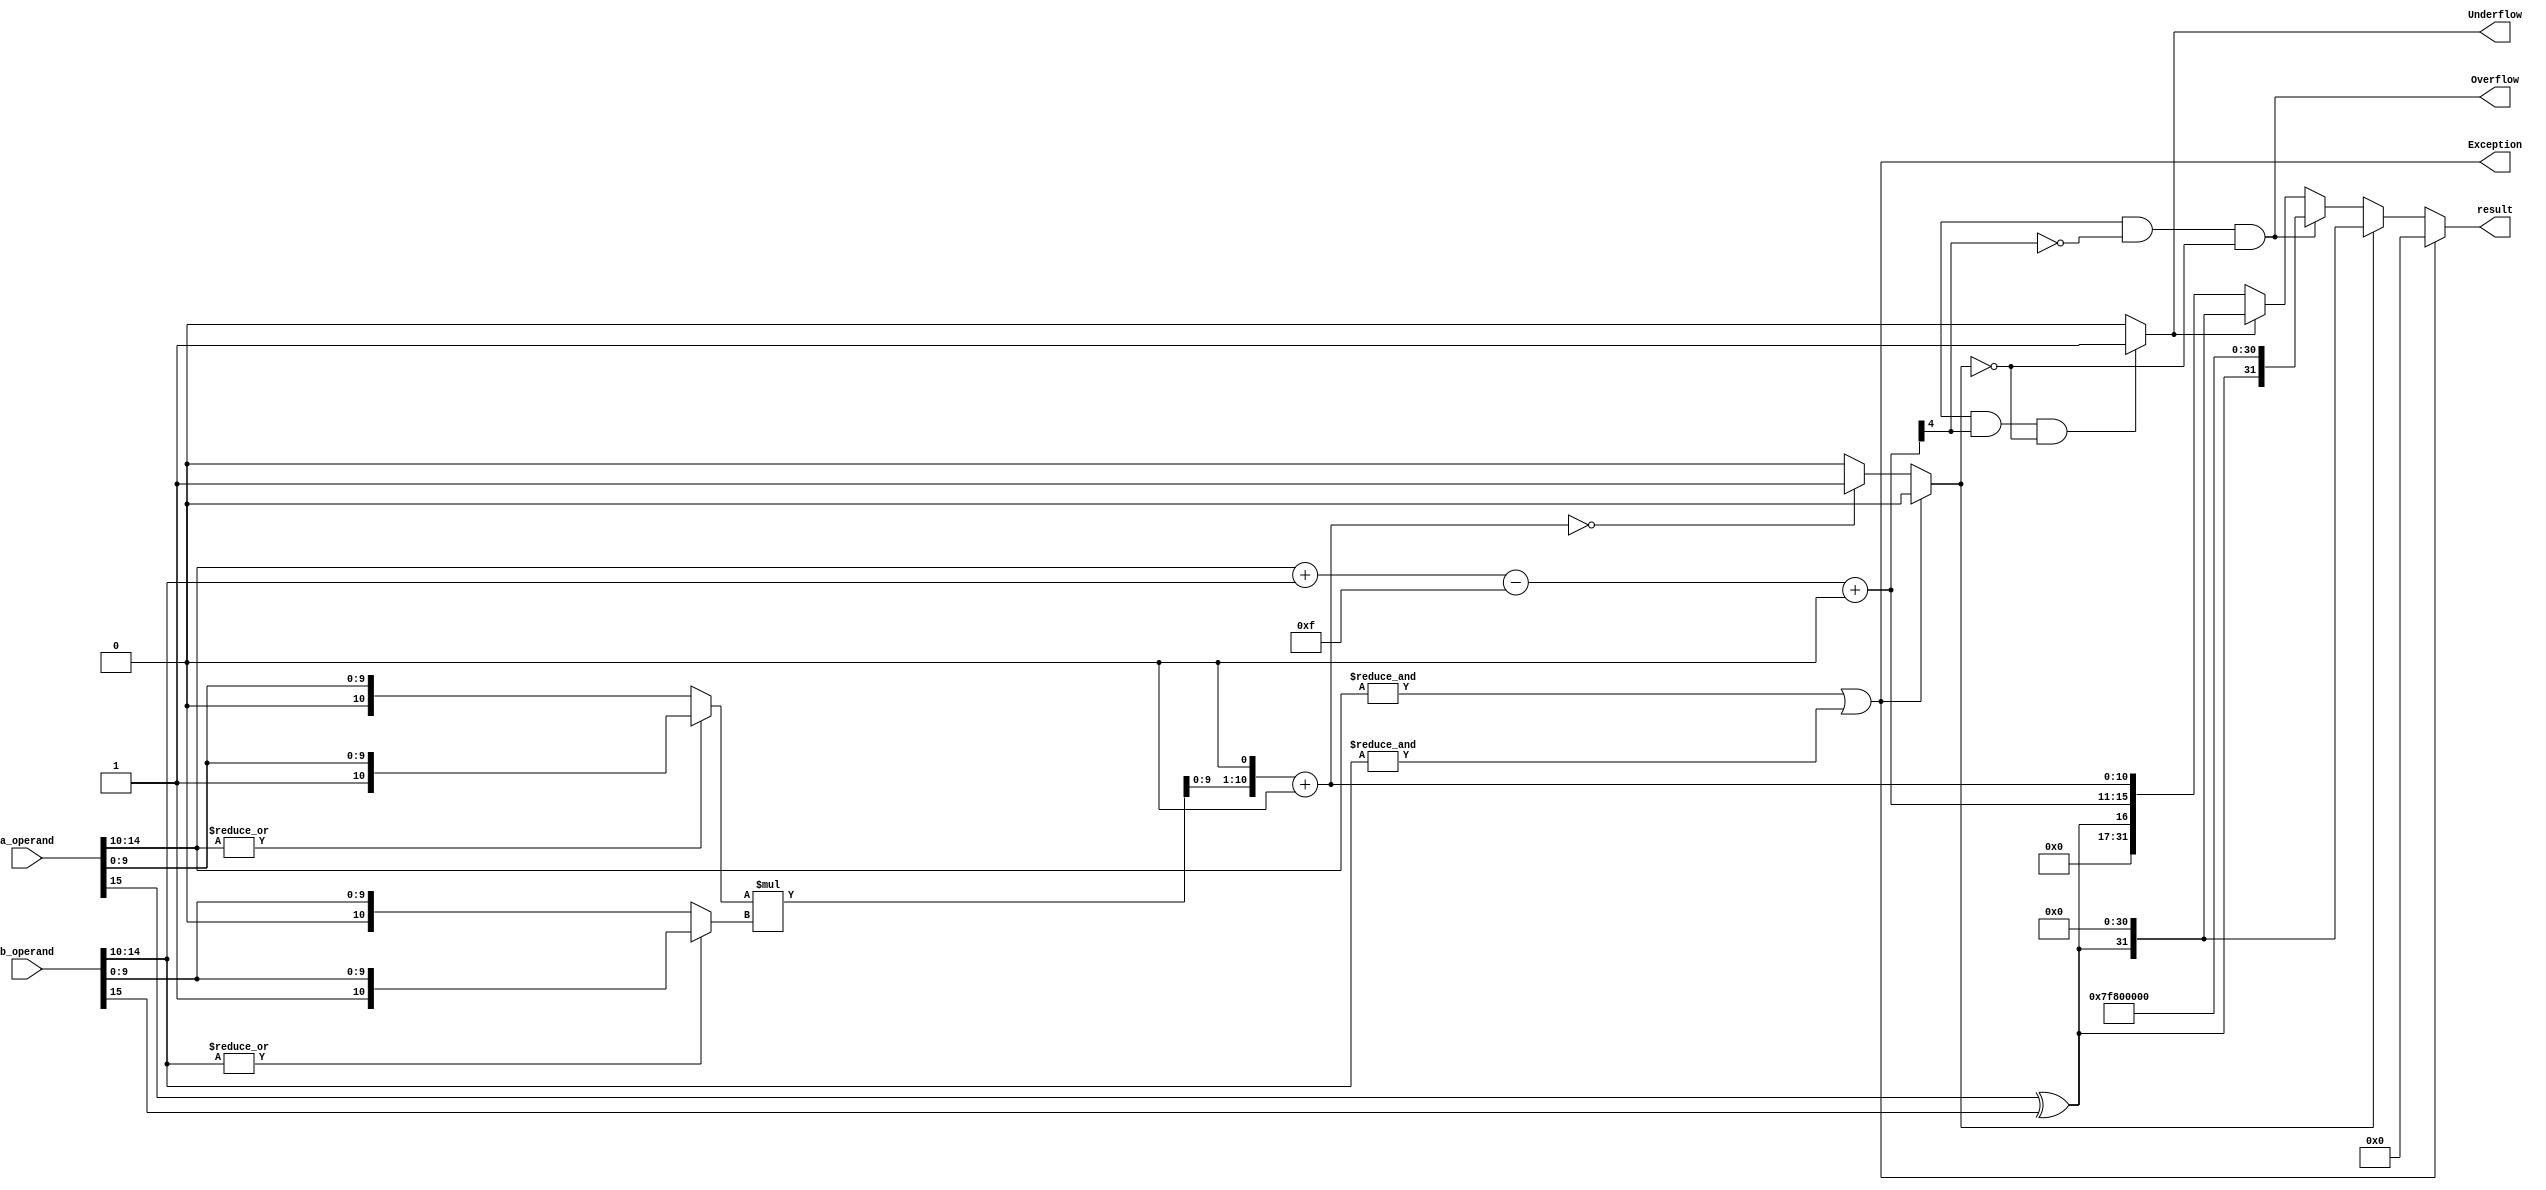
module Multiplication(
    input [15:0] a_operand,
    input [15:0] b_operand,
    output Exception, Overflow, Underflow,
    output [31:0] result
);

wire sign, product_round, normalised, zero;
wire [4:0] exponent, sum_exponent;
wire [10:0] product_mantissa;
wire [11:0] operand_a, operand_b;
wire [23:0] product, product_normalised;

assign sign = a_operand[15] ^ b_operand[15];
assign Exception = (&a_operand[14:10]) | (&b_operand[14:10]);

assign operand_a = (|a_operand[14:10]) ? {1'b1, a_operand[9:0]} : {1'b0, a_operand[9:0]};
assign operand_b = (|b_operand[14:10]) ? {1'b1, b_operand[9:0]} : {1'b0, b_operand[9:0]};

assign product = operand_a * operand_b;
assign product_round = |product_normalised[10:0];
assign normalised = product[23] ? 1'b1 : 1'b0;
assign product_normalised = normalised ? product : product << 1;

assign product_mantissa = product_normalised[10:0] + (product_normalised[0] & product_round);
assign zero = Exception ? 1'b0 : (product_mantissa == 11'd0) ? 1'b1 : 1'b0;

assign sum_exponent = a_operand[14:10] + b_operand[14:10];
assign exponent = sum_exponent - 5'd15 + normalised;

assign Overflow = ((exponent[5] & !exponent[4]) & !zero);
assign Underflow = ((exponent[5] & exponent[4]) & !zero) ? 1'b1 : 1'b0;

assign result = Exception ? 32'd0 : zero ? {sign, 31'd0} : Overflow ? {sign, 8'hFF, 23'd0} : Underflow ? {sign, 31'd0} : {sign, exponent[4:0], product_mantissa};

endmodule